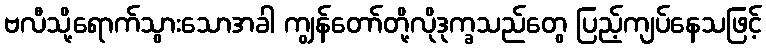
ဗလီသို့ရောက်သွားသောအခါ ကျွန်တော်တို့လိုဒုက္ခသည်တွေ ပြည့်ကျပ်နေသဖြင့်